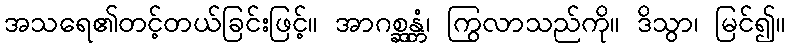
အသရေ၏တင့်တယ်ခြင်းဖြင့်။ အာဂစ္ဆန္တံ၊ ကြွလာသည်ကို။ ဒိသွာ၊ မြင်၍။